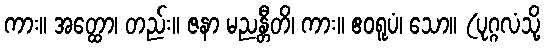
ကား။ အတ္ထော၊ တည်း။ ဇနာ မညန္တီတိ၊ ကား။ ဧဝရူပံ၊ သော။ (ပုဂ္ဂလံသို့